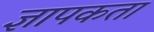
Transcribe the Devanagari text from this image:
ज्ञापकता